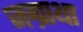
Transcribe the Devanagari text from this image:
जग्राथा